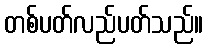
တစ်ပတ်လည်ပတ်သည်။